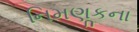
નિમણૂકના